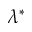
\lambda ^ { * }